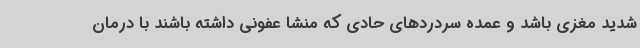
شدید مغزی باشد و عمده سردردهای حادی که منشا عفونی داشته باشند با درمان